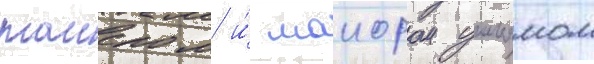
таиером и́ маиором уильямом